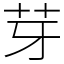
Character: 芽